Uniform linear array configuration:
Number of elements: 4
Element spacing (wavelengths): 0.5
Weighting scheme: uniform
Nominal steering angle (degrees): -60
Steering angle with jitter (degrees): -59.94
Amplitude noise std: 0.05
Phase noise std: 0.05

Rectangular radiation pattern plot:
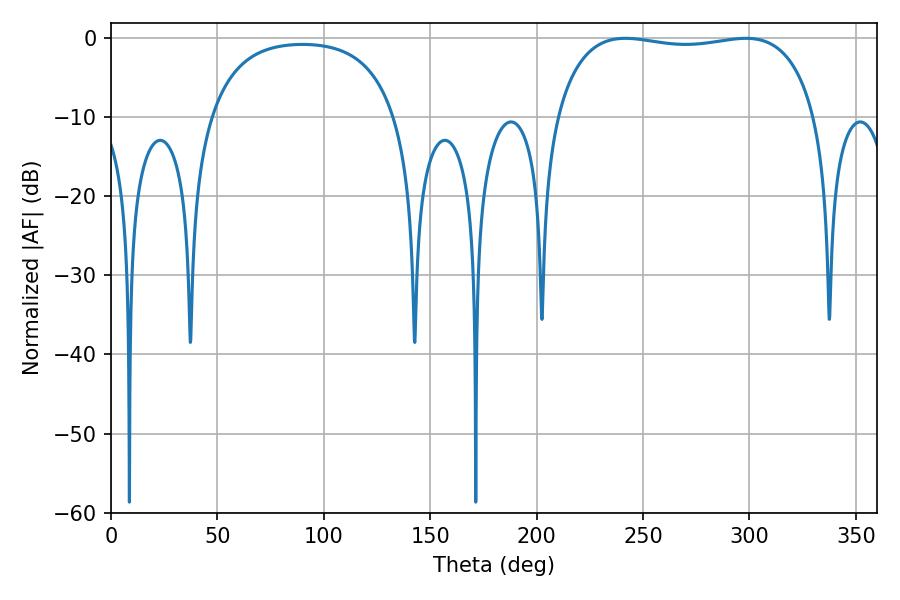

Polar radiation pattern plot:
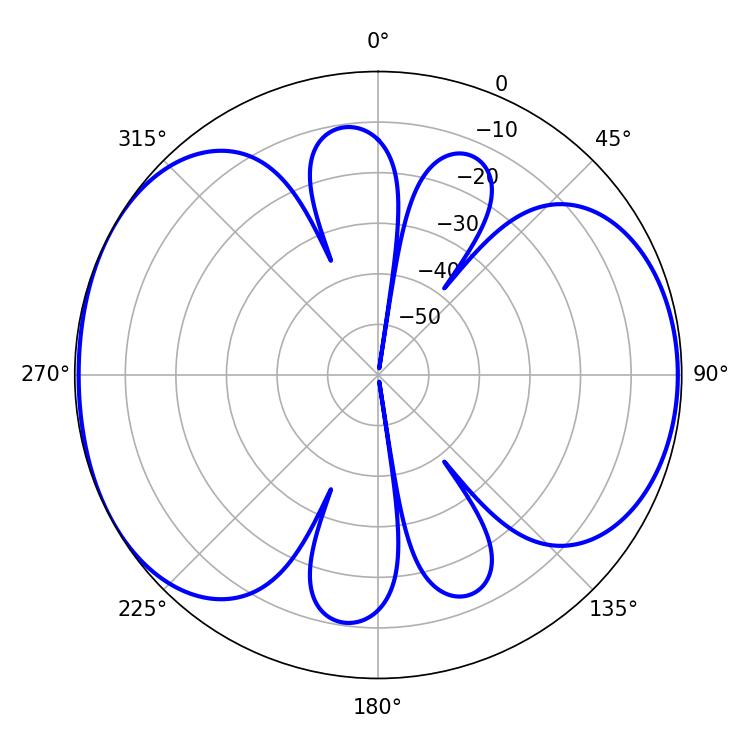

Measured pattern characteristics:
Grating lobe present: FALSE
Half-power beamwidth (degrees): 98.64
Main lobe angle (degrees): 241.74